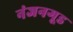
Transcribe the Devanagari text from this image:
नंजनगूड